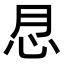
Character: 𢗯